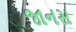
જાનસ